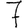
Digit: 7